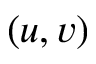
( u , v )